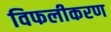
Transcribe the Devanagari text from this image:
विफलीकरण